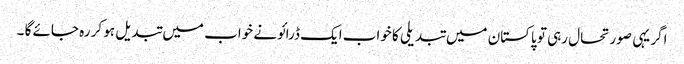
اگر یہی صورتحال رہی تو پاکستان میں تبدیلی کا خواب ایک ڈرائونے خواب میں تبد یل ہو کر رہ جائے گا ۔